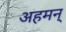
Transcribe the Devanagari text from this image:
अहमन्